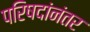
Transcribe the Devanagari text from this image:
परिषदांनंतर